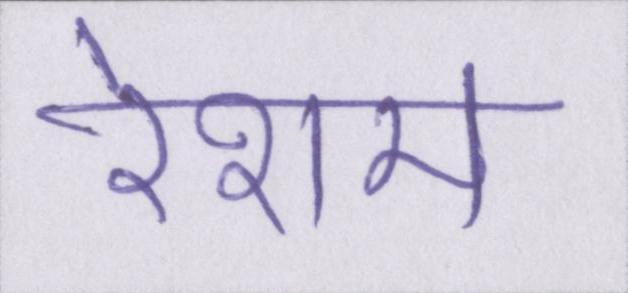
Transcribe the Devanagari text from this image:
रेशम